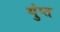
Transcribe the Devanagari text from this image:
गुंप्त